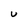
Character: U